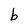
Character: b